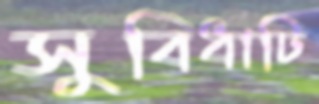
সুবিধাটি